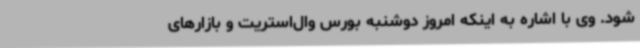
شود. وی با اشاره به اینکه امروز دوشنبه بورس وال‌استریت و بازارهای